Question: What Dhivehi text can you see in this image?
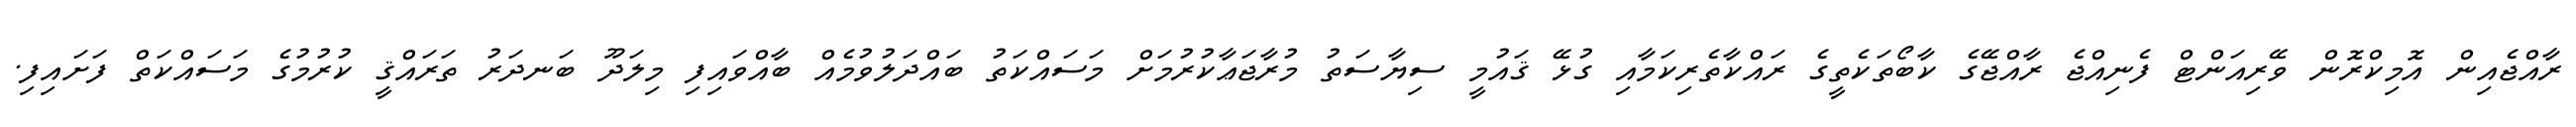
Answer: ރާއްޖެއިން އޮމިކްރޮން ވޭރިއަންޓް ފެނިއްޖެ ރާއްޖޭގެ ކާބޯތަކެތީގެ ރައްކާތެރިކަމާއި ގުޅޭ ޤައުމީ ސިޔާސަތު މުރާޖަޢާކުރުމަށް މަސައްކަތު ބައްދަލުވުމެއް ބާއްވައިފި މިލަދޫ ބަނދަރު ތަރައްޤީ ކުރުމުގެ މަސައްކަތް ފަށައިފި.